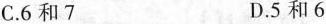
C.6和7 D.5和6